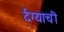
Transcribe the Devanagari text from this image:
र्दग्याची